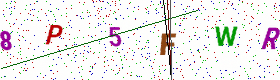
Text: 8P5FWR